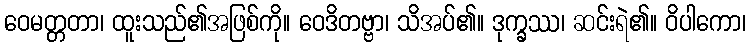
ဝေမတ္တတာ၊ ထူးသည်၏အဖြစ်ကို။ ဝေဒိတဗ္ဗာ၊ သိအပ်၏။ ဒုက္ခဿ၊ ဆင်းရဲ၏။ ဝိပါကော၊